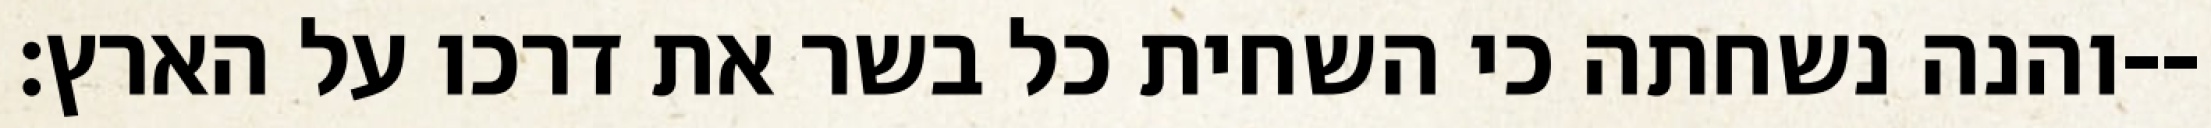
והנה נשחתה כי השחית כל בשר את דרכו על הארץ׃--